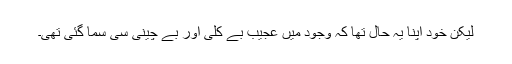
لیکن خود اپنا یہ حال تھا کہ وجود میں عجیب بے کلی اور بے چینی سی سما گئی تھی۔